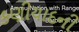
કણીયાદની